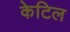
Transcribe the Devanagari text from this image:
केटिल